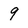
Character: 9